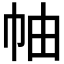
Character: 𢂎